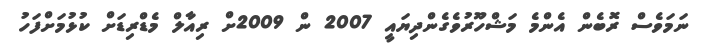
ނަމަވެސް ރޮބެން އެންމެ މަޝްހޫރުވެގެންދިޔައީ 2007 ން 2009ށް ރިއާލް މެޑްރިޑަށް ކުޅުމަށްފަހު